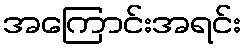
အကြောင်းအရင်း